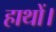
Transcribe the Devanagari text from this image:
हाथों।